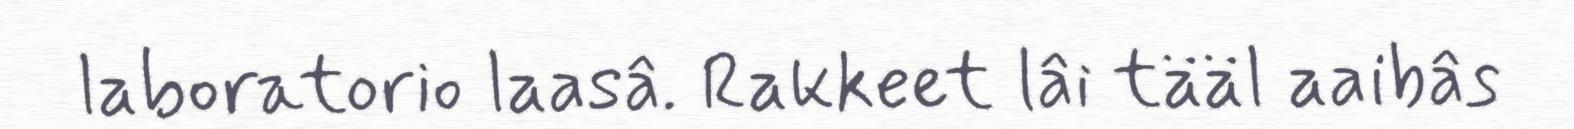
laboratorio laasâ. Rakkeet lâi tääl aaibâs